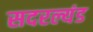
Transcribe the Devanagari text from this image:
सदरल्यंड